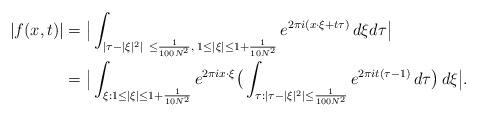
LaTeX: \begin{align*}|f(x,t)|&= \big|\int_{ | \tau - |\xi|^2| \ \le \frac{1}{100N^2},\; 1\le |\xi|\le 1 + \frac1{10N^2} } e^{2\pi i (x\cdot \xi + t \tau)}\, d\xi d\tau\big|\\&= \big|\int_{\xi: 1\le |\xi| \le 1+ \frac1{10N^2}} e^{2\pi ix\cdot \xi}\big(\int_{\tau: |\tau-|\xi|^2|\le \frac{1}{100N^2}}e^{2\pi i t(\tau - 1)}\, d \tau \big)\, d\xi\big|. \end{align*}